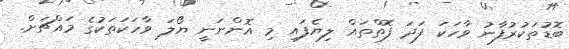
ބޮޑުތަކުރުފާނު ވާހަކަ ފަދަ ފޮތްތައް ލިޔެފައި މި އޮންނަނީ ޔޯލަ ވާހަކަތަކުގެ މައްޗަށް.